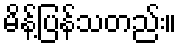
မိန့်ပြန်သတည်း။